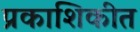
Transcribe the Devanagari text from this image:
प्रकाशिकीत